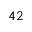
^ Ḋ 4 2 Ḍ